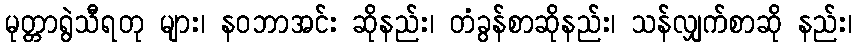
မုတ္တာရွဲသီရတု များ၊ နဝဘာအင်း ဆိုနည်း၊ တံခွန်စာဆိုနည်း၊ သန်လျှက်စာဆို နည်း၊